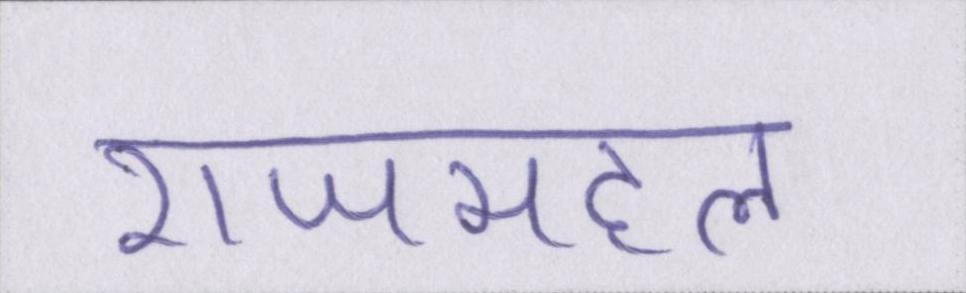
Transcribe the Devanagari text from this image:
राजमहल